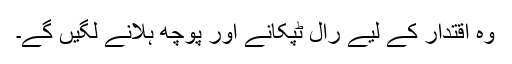
وہ اقتدار کے لیے رال ٹپکانے اور پوچھ ہلانے لگیں گے۔